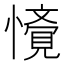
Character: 𭟁